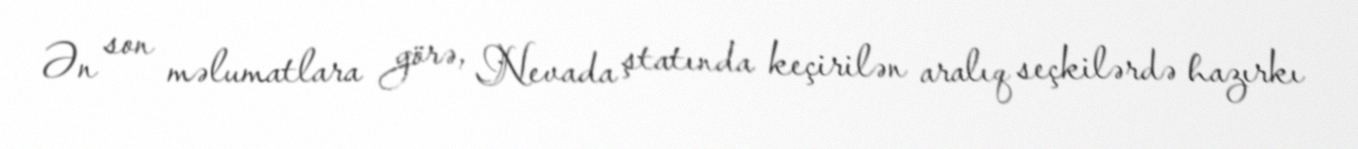
Ən son məlumatlara görə, Nevada ştatında keçirilən aralıq seçkilərdə hazırkı